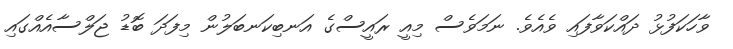
ވާހަކަފުޅު ދައްކަވާފައި ވެއެވެ. ނަމަވެސް މިއީ ރައީސްގެ އަނބިކަނބަލުން މިފަދަ ބޮޑު ޖަލްސާއެއްގައި